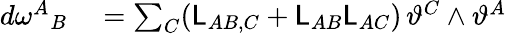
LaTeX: \begin{array}{rl}{d\omega^{A}{}_{B}}&{{}=\sum_{C}(\mathsf{L}_{AB,C}+\mathsf{L}_{AB}\mathsf{L}_{AC})\, \vartheta^{C}\wedge\vartheta^{A}}\end{array}